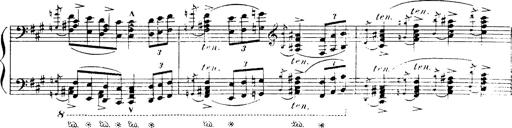
Title: Danza sacra e duetto finale dâ€™Aida
Composer: Franz Liszt